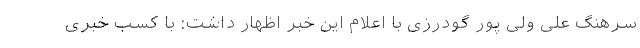
سرهنگ علی ولی پور گودرزی با اعلام این خبر اظهار داشت: با کسب خبری